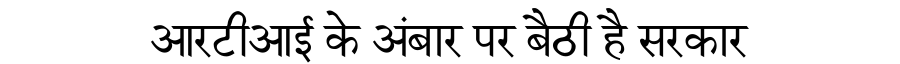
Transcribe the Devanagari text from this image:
आरटीआई के अंबार पर बैठी है सरकार